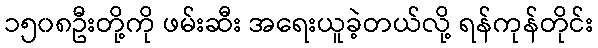
၁၅၀၈ဦးတို့ကို ဖမ်းဆီး အရေးယူခဲ့တယ်လို့ ရန်ကုန်တိုင်း